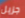
جزيل